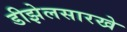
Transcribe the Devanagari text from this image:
डीझेलसारखे